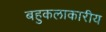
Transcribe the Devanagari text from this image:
बहुकलाकारीय